Lunatic asylums Central Provinces reports 1886-1894 - 1886-1894
Year: 1886
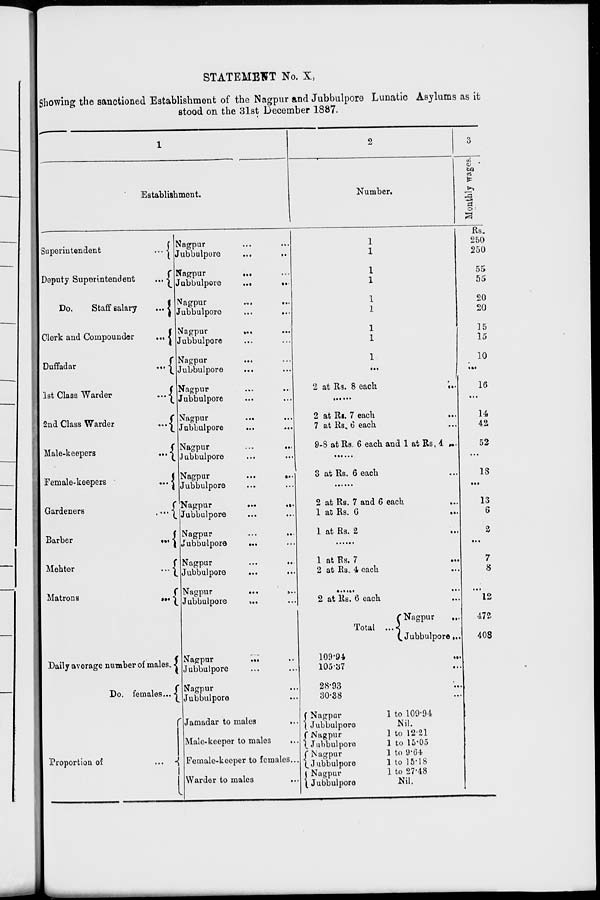
STATEMENT No. X,
Showing the sanctioned Establishment of the Nagpur and Jubbulpore Lunatic Asylums as it
stood on the 31st December 1887.
1
Establishment.
Superintendent
...
Deputy Superintendent
...
Do.
Staff salary ...
Clerk and Compounder
...
Duffadar
...
1st Class Warder
...
2nd Class Warder
...
Male-keepers
...
Female-keepers
...
Gardeners
...
Barber
...
Mehter
...
Matrons
...
Daily average number of males.
Do. females ...
Proportion of
...
Nagpur ... ...
Jubbulpore
...
...
Nagpur
...
...
Jubbulpore
...
...
Nagpur ... ...
Jubbulpore ... ...
Nagpur
...
...
Jubbulpore ... ...
Nagpur ... ...
Jubbulpore ... ...
Nagpur ... ...
Jubbulpore ... ...
Nagpur ... ...
Jubbulpore ... ...
Nagpur
...
...
Jubbulpore ... ...
Nagpur
...
...
Jubbulpore ... ...
Nagpur
...
...
Jubbulpore ... ...
Nagpur
...
...
Jubbulpore ... ...
Nagpur
...
...
Jubbulpore
...
...
Nagpur
...
...
Jubbulpore ... ...
Nagpur
...
...
Jubbulpore ... ...
Nagpur
...
Jubbulpore ...
Jamadar to males
...
Male-keeper to males
...
Female-keeper to females ...
Warder to males ...
2
Number.
1
1
1
1
1
1
1
1
1
...
2 at Rs. 8 each
...
.......
2 at Rs. 7 each
...
7 at Rs.6 each ...
9-8 at Rs. 6 each and 1 at Rs. 4 ...
......
3 at Rs. 6 each ...
.........
2 at Rs. 7 and 6 each
...
1 at Rs.
6
...
1 at Rs. 2 ...
.......
1 at Rs. 7 ...
2 at Rs. 4 each ...
........
2 at Rs. 6 each ...
Total ...
Nagpur
...
Jubbulpore ...
109.94 ...
105.37 ...
28.93 ...
30.38 ...
Nagpur
Jubbulpore
Nagpur
Jubbulpore
Nagpur
Jubbulpore
Nagpur
Jubbulpore
1 to 109.94
Nil.
1 to 1221
1 to 15.05
1 to 9.64
1 to 15.18
1 to 27.48
Nil.
3
Monthly wages.
Rs.
250
250
55
55
20
20
15
15
10
...
16
...
14
42
52
...
18
...
13
6
2
...
7
8
...
12
472
408